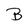
Character: B